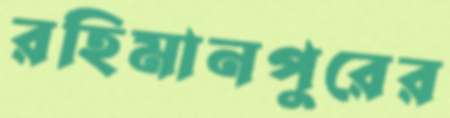
রহিমানপুরের